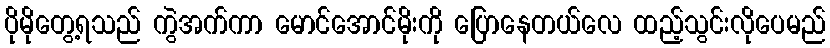
ပိုမိုတွေ့ရသည် ကွဲအက်ကာ မောင်အောင်မိုးကို ပြောနေတယ်လေ ထည့်သွင်းလိုပေမည်